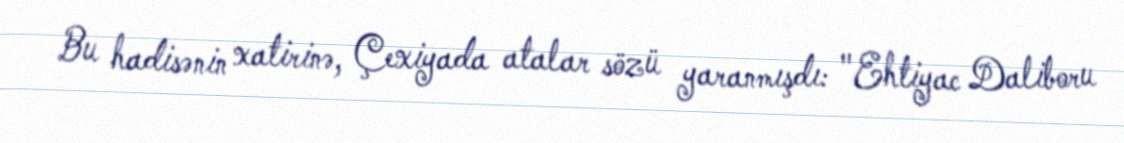
Bu hadisənin xatirinə, Çexiyada atalar sözü yaranmışdı: "Ehtiyac Daliboru